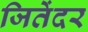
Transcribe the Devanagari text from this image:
जितेंदर